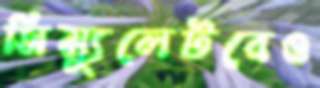
সিম্যুলেটরেও